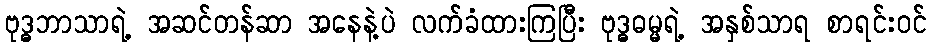
ဗုဒ္ဓဘာသာရဲ့ အဆင်တန်ဆာ အနေနဲ့ပဲ လက်ခံထားကြပြီး ဗုဒ္ဓဓမ္မရဲ့ အနှစ်သာရ စာရင်းဝင်